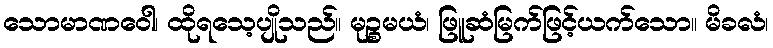
သောမာဏဝေါ၊ ထိုရသေ့ပျိုသည်။ မုဉ္စမယံ၊ ဖြူဆံမြက်ဖြင့်ယက်သော။ မိခလံ၊